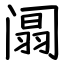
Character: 阘